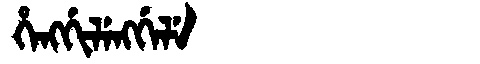
Manchu: ᡥᡝᠩᡤᡳᠯᡝᠩᡤᡝᠯᡝ
Romanization: HENGGILENGGELE